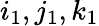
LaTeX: i_{1},j_{1},k_{1}